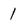
Character: 1